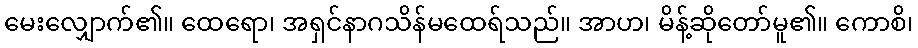
မေးလျှောက်၏။ ထေရော၊ အရှင်နာဂသိန်မထေရ်သည်။ အာဟ၊ မိန့်ဆိုတော်မူ၏။ ကောစိ၊